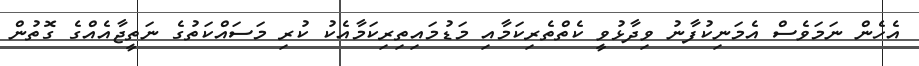
އެހެން ނަމަވެސް އެމަނިކުފާނު ވިދާޅުވީ ކެތްތެރިކަމާއި މަޑުމައިތިރިކަމާއެކު ކުރި މަސައްކަތުގެ ނަތީޖާއެއްގެ ގޮތުން